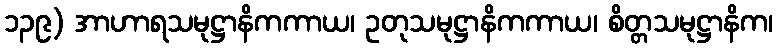
၁၃၉) အာဟာရသမုဋ္ဌာနိကကာယ၊ ဥတုသမုဋ္ဌာနိကကာယ၊ စိတ္တသမုဋ္ဌာနိက၊